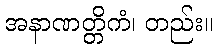
အနာဏတ္တိကံ၊ တည်း။